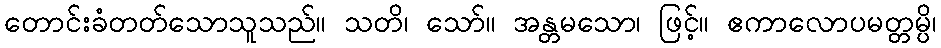
တောင်းခံတတ်သောသူသည်။ သတိ၊ သော်။ အန္တမသော၊ ဖြင့်။ ဧကာလောပမတ္တမ္ပိ၊